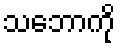
သဘောကို